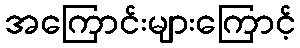
အကြောင်းများကြောင့်